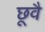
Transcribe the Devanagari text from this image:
छूवै